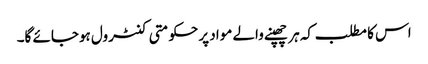
اس کا مطلب کہ ہر چھپنے والے مواد پرحکومتی کنٹرول ہوجائے گا۔